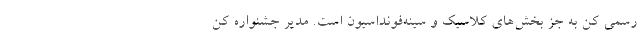
رسمی کن به جز بخش‌های کلاسیک و سینه‌فونداسیون است. مدیر جشنواره کن